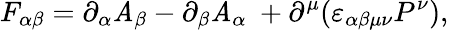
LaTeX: F_{\alpha\beta}=\partial_{\alpha}\mathit{A}_{\beta}-\partial_{\beta}\mathit{A}_{\alpha}\ +\partial^{\mu}(\varepsilon_{\alpha\beta\mu\nu}P^{\nu}),